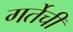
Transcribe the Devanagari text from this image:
गर्तेची